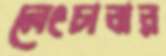
লেংচাবার